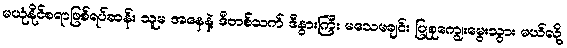
မယုံနိုင်စရာဖြစ်ရပ်ဆန်း သူမ အနေနဲ့ ဒီတစ်သက် ဒီနွားကြီး မသေမချင်း ပြုစုကျွေးမွေးသွား မယ်လို့